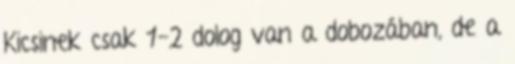
Kicsinek csak 1-2 dolog van a dobozában, de a